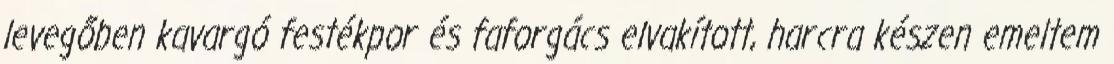
levegőben kavargó festékpor és faforgács elvakított, harcra készen emeltem